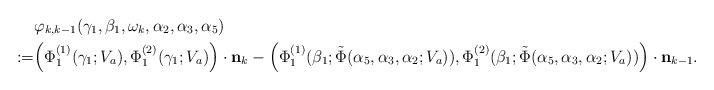
LaTeX: \begin{align*}&\varphi_{k,k-1}(\gamma_1,\beta_1,\omega_k,\alpha_2,\alpha_3,\alpha_5)\\:=&\Big(\Phi_{1}^{(1)}(\gamma_1;V_a),\Phi_{1}^{(2)}(\gamma_1;V_a)\Big)\cdot \textbf{n}_{k}-\Big(\Phi_{1}^{(1)}(\beta_1;\tilde{\Phi}(\alpha_5,\alpha_3,\alpha_2;V_a)),\Phi_{1}^{(2)}(\beta_1;\tilde{\Phi}(\alpha_5,\alpha_3,\alpha_2;V_a))\Big)\cdot\textbf{n}_{k-1}.\end{align*}